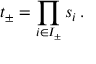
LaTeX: t _ { \pm } = \prod _ { i \in I _ { \pm } } s _ { i } \, .